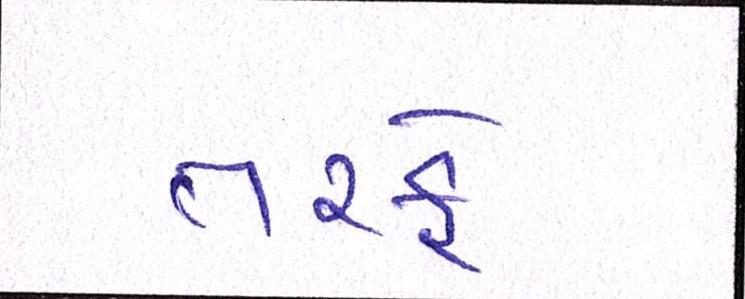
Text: તરફે